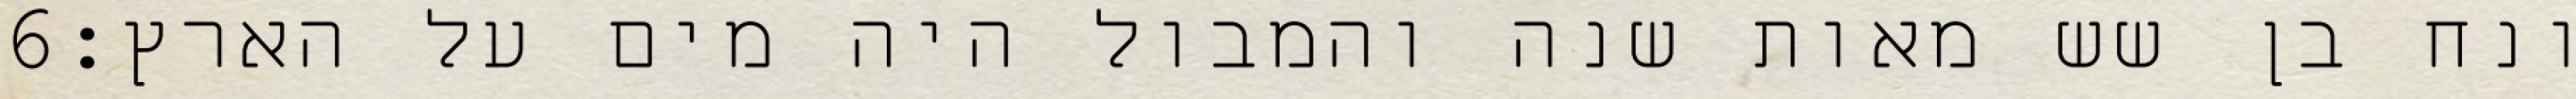
‎6‏ ונח בן שש מאות שנה והמבול היה מים על הארץ׃